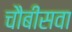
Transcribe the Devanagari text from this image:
चौबीसवा